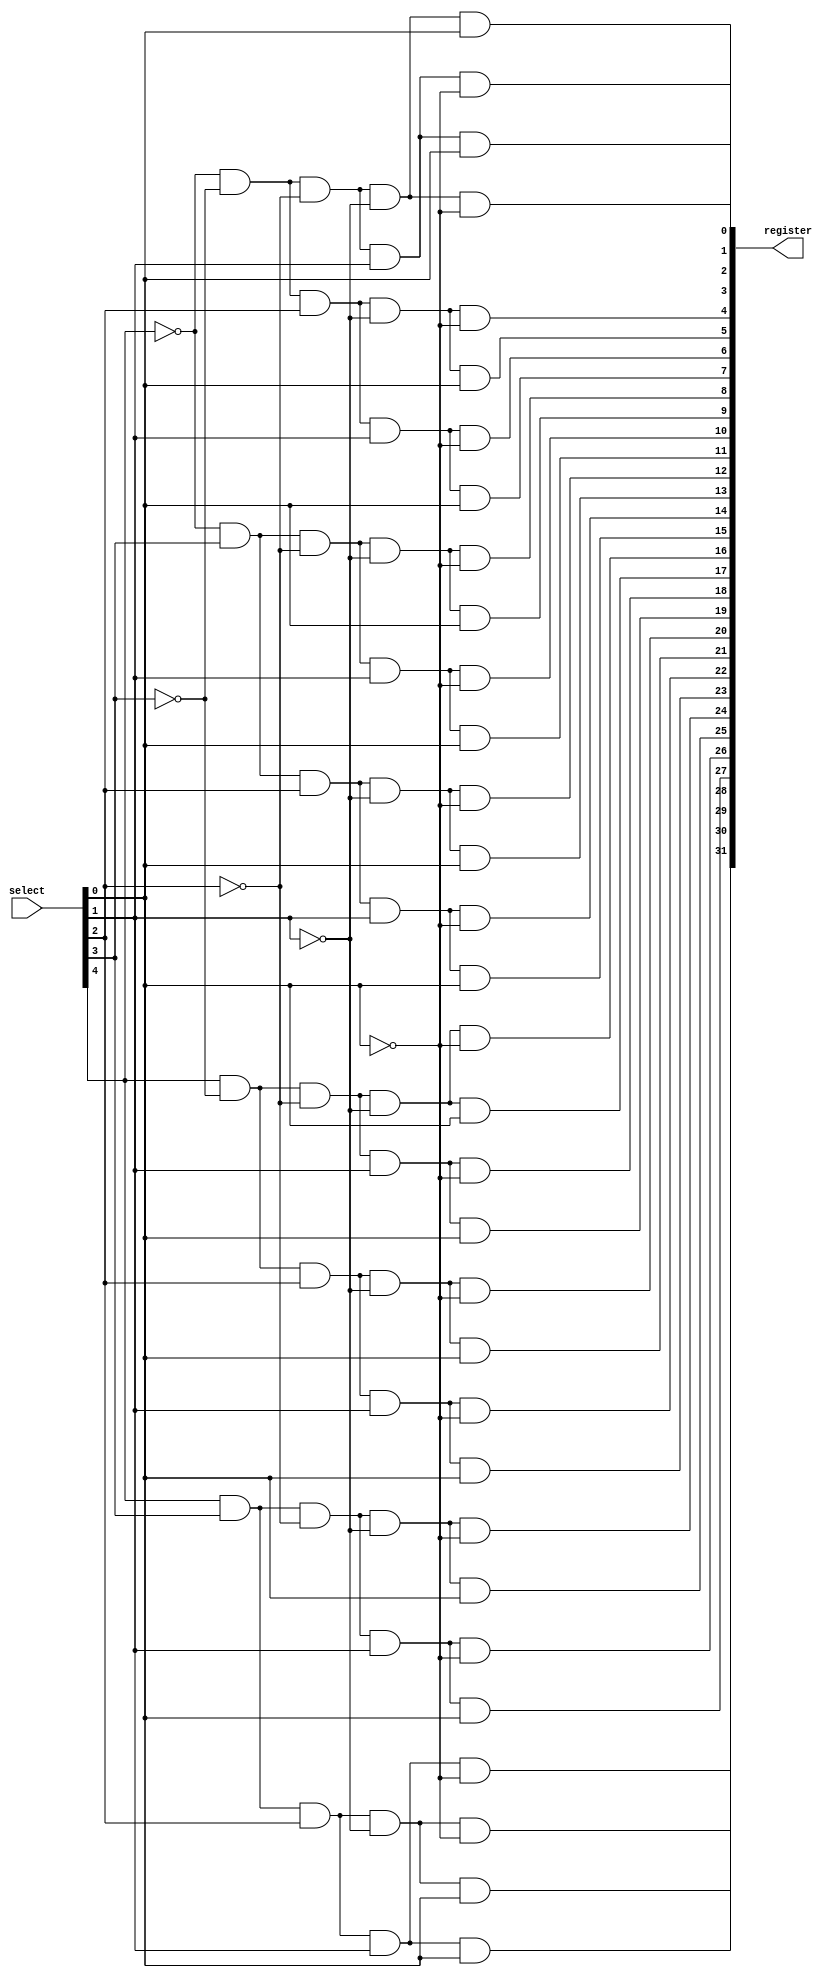
module decoder(register, select);
	input [4:0] select;
	output [31:0] register;

	wire w0, w1, w2, w3, w4;
	wire w0N, w1N, w2N, w3N, w4N;

	assign w0 = select[4];
	assign w1 = select[3];
	assign w2 = select[2];
	assign w3 = select[1];
	assign w4 = select[0];

	not Notw1(w0N, w0);
	not Notw2(w1N, w1);
	not Notw3(w2N, w2);
	not Notw4(w3N, w3);
	not Notw5(w4N, w4);

	and r0(register[0], w0N, w1N, w2N, w3N, w4N);
	and r1(register[1], w0N, w1N, w2N, w3N, w4);
	and r2(register[2], w0N, w1N, w2N, w3, w4N);
	and r3(register[3], w0N, w1N, w2N, w3, w4);
	and r4(register[4], w0N, w1N, w2, w3N, w4N);
	and r5(register[5], w0N, w1N, w2, w3N, w4);
	and r6(register[6], w0N, w1N, w2, w3, w4N);
	and r7(register[7], w0N, w1N, w2, w3, w4);
	and r8(register[8], w0N, w1, w2N, w3N, w4N);
	and r9(register[9], w0N, w1, w2N, w3N, w4);
	and r10(register[10], w0N, w1, w2N, w3, w4N);
	and r11(register[11], w0N, w1, w2N, w3, w4);
	and r12(register[12], w0N, w1, w2, w3N, w4N);
	and r13(register[13], w0N, w1, w2, w3N, w4);
	and r14(register[14], w0N, w1, w2, w3, w4N);
	and r15(register[15], w0N, w1, w2, w3, w4);
	and r16(register[16], w0, w1N, w2N, w3N, w4N);
	and r17(register[17], w0, w1N, w2N, w3N, w4);
	and r18(register[18], w0, w1N, w2N, w3, w4N);
	and r19(register[19], w0, w1N, w2N, w3, w4);
	and r20(register[20], w0, w1N, w2, w3N, w4N);
	and r21(register[21], w0, w1N, w2, w3N, w4);
	and r22(register[22], w0, w1N, w2, w3, w4N);
	and r23(register[23], w0, w1N, w2, w3, w4);
	and r24(register[24], w0, w1, w2N, w3N, w4N);
	and r25(register[25], w0, w1, w2N, w3N, w4);
	and r26(register[26], w0, w1, w2N, w3, w4N);
	and r27(register[27], w0, w1, w2N, w3, w4);
	and r28(register[28], w0, w1, w2, w3N, w4N);
	and r29(register[29], w0, w1, w2, w3N, w4);
	and r30(register[30], w0, w1, w2, w3, w4N);
	and r31(register[31], w0, w1, w2, w3, w4);

endmodule